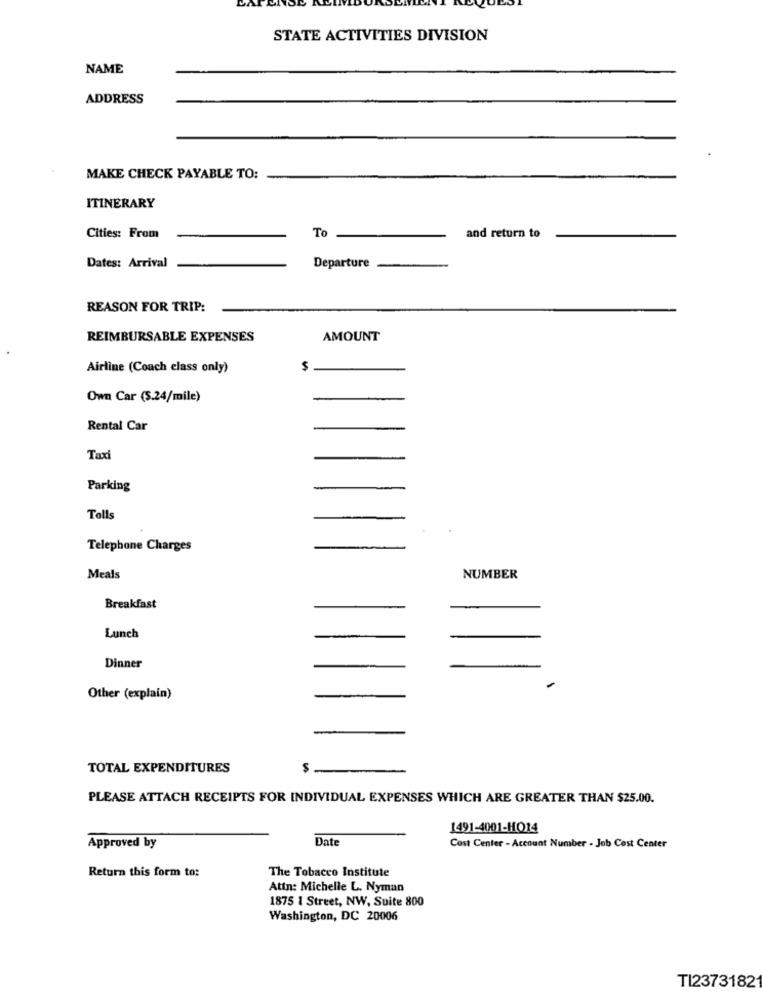
STATE ACTIVITIES DIVISION
NAME
ADDRESS
MAKE CHECK PAYABLE TO:
ITINERARY
To
Cities: From
and return to
Dates: Arrival
Departure
REASON FOR TRIP:
REIMBURSABLE EXPENSES
AMOUNT
Airline (Coach class only)
$
Own Car (S.24/mile)
Rental Car
Taxi
Parking
Tells
Telephone Charges
Meals
NUMBER
Breakfast
Lunch
Dinner
Other (explain)
TOTAL EXPENDITURES
S
PLEASE ATTACH RECEIPTS FOR INDIVIDUAL EXPENSES WHICH ARE GREATER THAN $25.00.
1491-4001-HO14
Date
Approved by
Cost Center - Account Number - Job Cost Center
Return this form to:
The Tobacco Institute
Attn: Michelle L. Nyman
1875 1 Street, NW, Suite 800
Washington, DC 20006
TI2373182